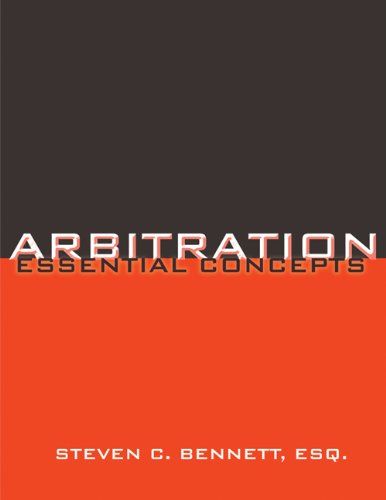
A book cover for Arbitration: Essential Concepts; Steven C. Bennett Esq.; Law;